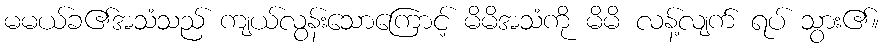
မမယ်ခ၏အသံသည် ကျယ်လွန်းသောကြောင့် မိမိအသံကို မိမိ လန့်လျက် ရပ် သွား၏။